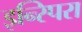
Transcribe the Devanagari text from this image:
इन्स्पिरा